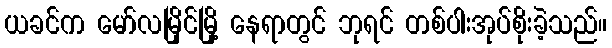
ယခင်က မော်လမြိုင်မြို့ နေရာတွင် ဘုရင် တစ်ပါးအုပ်စိုးခဲ့သည်။